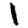
Digit: 1